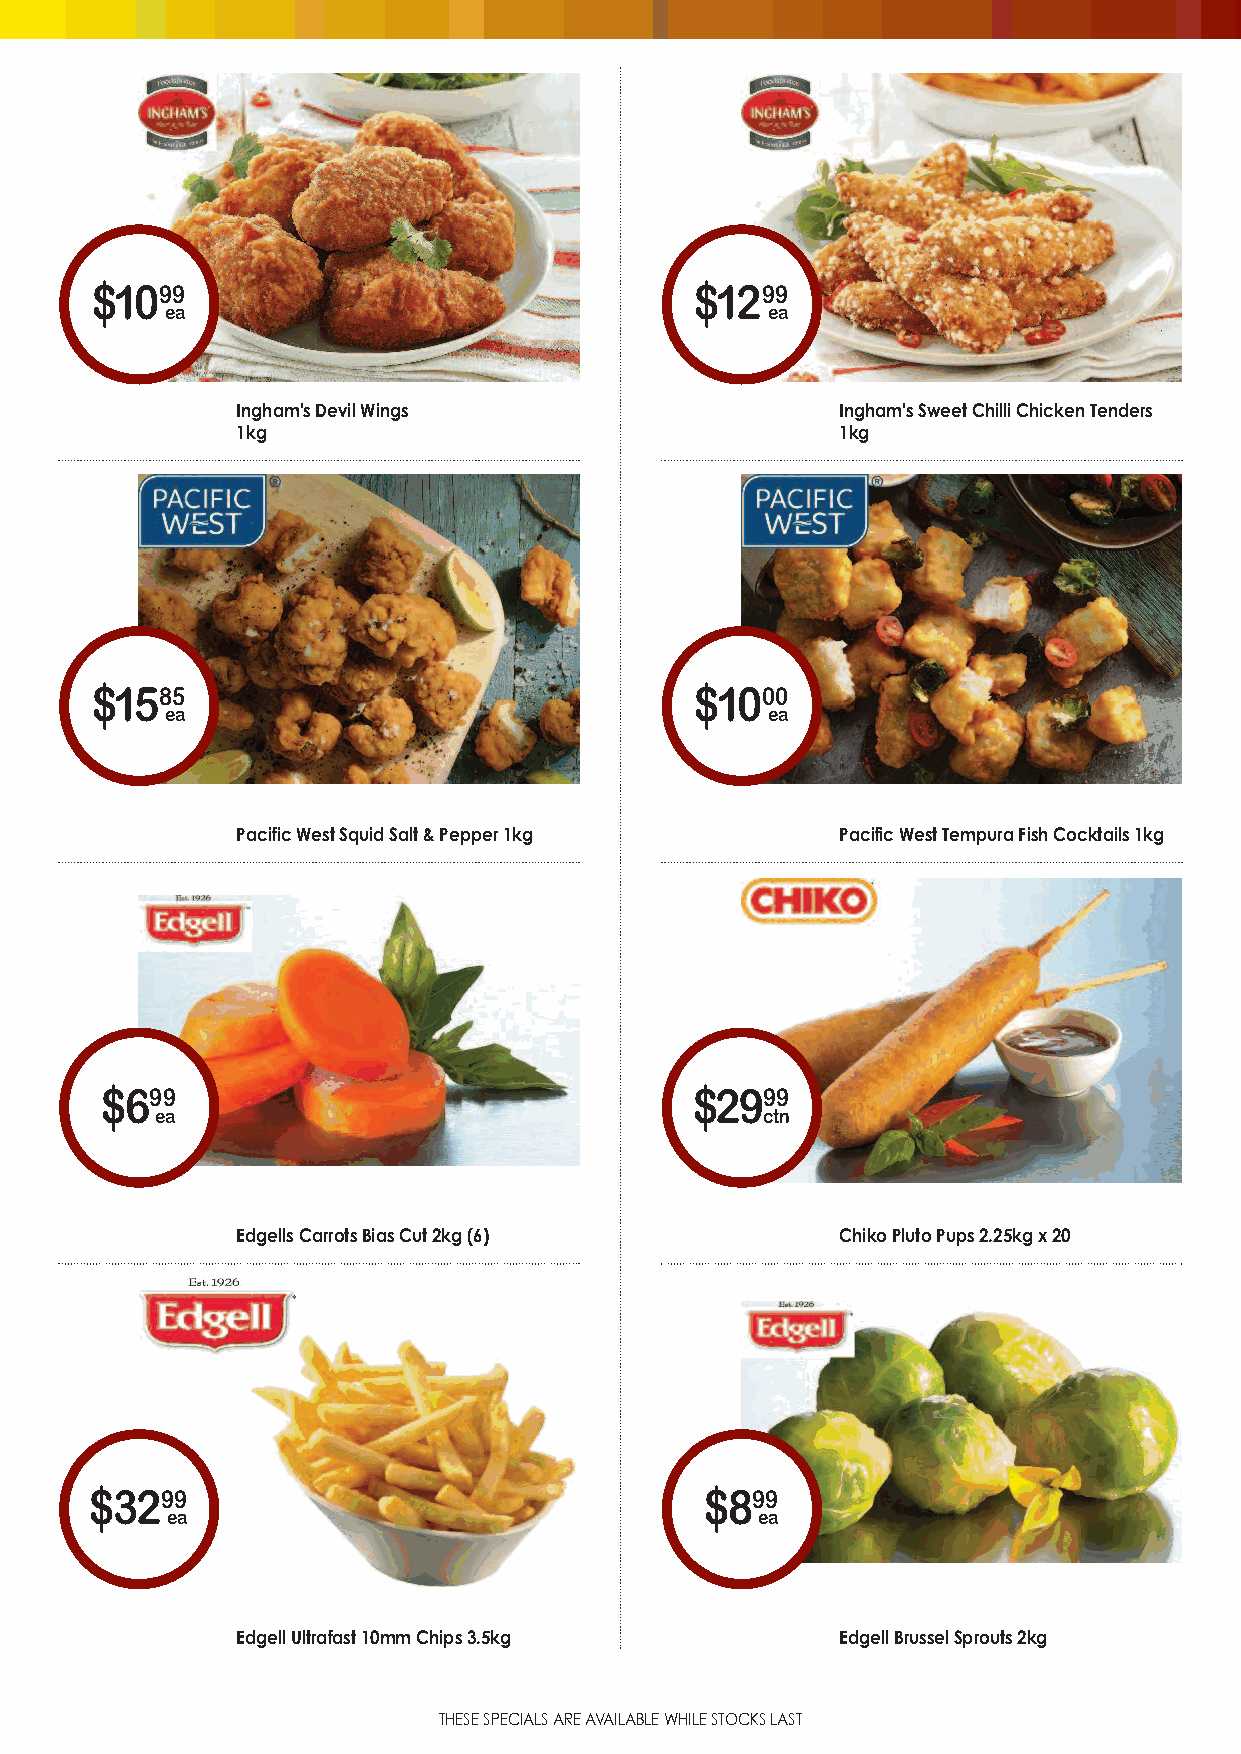
$1099                                   $1299
 ea                                      ea
 Ingham'sDevilWings                      Ingham'sSweetChilliChickenTenders
 1kg                                     1kg
 $1585                                   $1000
 ea                                      ea
 PacificWestSquidSalt&Pepper1kg          PacificWestTempuraFishCocktails1kg
 $699                                   $2999
 ea                                      ctn
 EdgellsCarrotsBiasCut2kg(6)             ChikoPlutoPups2.25kgx20
 $3299                                    $899
 ea                                     ea
 EdgellUltrafast10mmChips3.5kg           EdgellBrusselSprouts2kg
 THESESPECIALSAREAVAILABLEWHILESTOCKSLAST